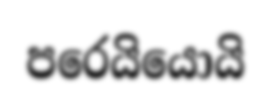
පරෙයියොයි